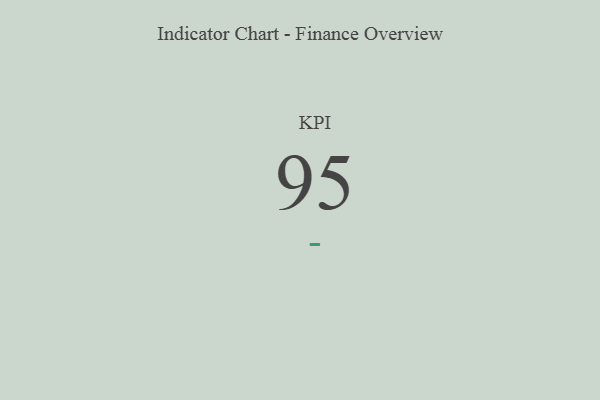
{"axis": {"x": "KPI", "y": "Value"}, "legend": [""], "data": [{"x": "KPI", "y": 95, "type": ""}]}